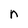
Character: n